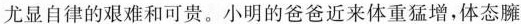
尤显自律的艰难和可贵。小明的爸爸近来体重猛增，体态臃